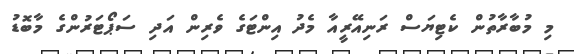
މި މުބާރާތުން ކެޓިޔަސް ރަނިއޭރީއާ މެދު އިންޓަގެ ވެރިން އަދި ސަޕޯޓަރުންގެ މާބޮޑު